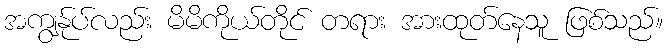
အကျွန်ုပ်လည်း မိမိကိုယ်တိုင် တရား အားထုတ်နေသူ ဖြစ်သည်။